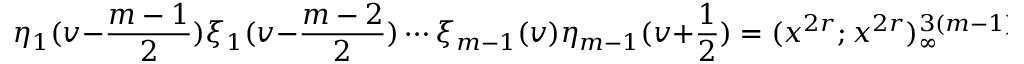
\eta _ { 1 } ( v - \frac { m - 1 } { 2 } ) \xi _ { 1 } ( v - \frac { m - 2 } { 2 } ) \cdots \xi _ { m - 1 } ( v ) \eta _ { m - 1 } ( v + \frac { 1 } { 2 } ) = ( x ^ { 2 r } ; x ^ { 2 r } ) _ { \infty } ^ { 3 ( m - 1 ) } c _ { m } \eta _ { m } ( v )